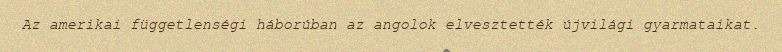
Az amerikai függetlenségi háborúban az angolok elvesztették újvilági gyarmataikat.